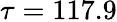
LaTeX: \tau=117.9